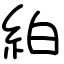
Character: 絈